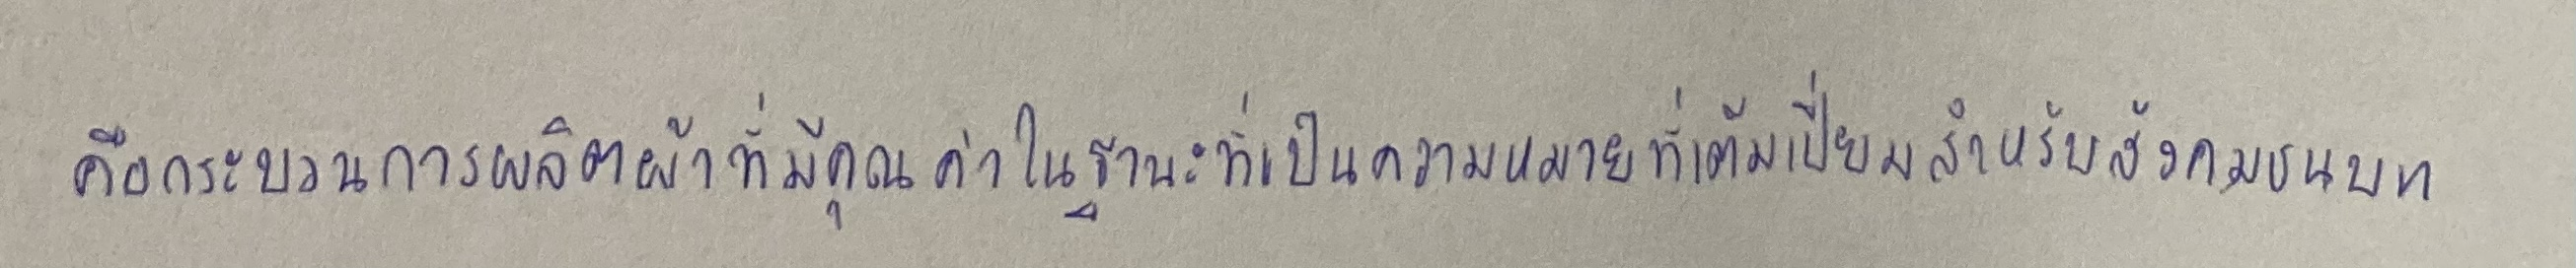
คือกระบวนการผลิตผ้าที่มีคุณค่าในฐานะที่เป็นความหมายที่เต็มเปี่ยมสำหรับสังคมชนบท